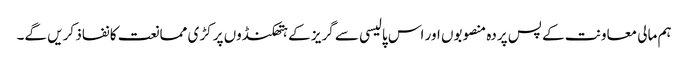
ہم مالی معاونت کے پس پردہ منصوبوں اور اس پالیسی سے گریز کے ہتھکنڈوں پر کڑی ممانعت کا نفاذ کریں گے۔